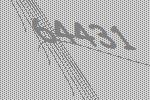
64431